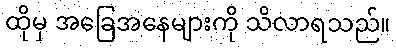
ထိုမှ အခြေအနေများကို သိလာရသည်။